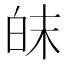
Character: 皌